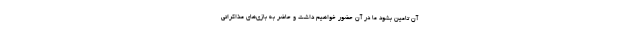
آن تامین بشود ما در آن حضور خواهیم داشت و حاضر به بازی‌های مذاکراتی